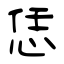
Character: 恁